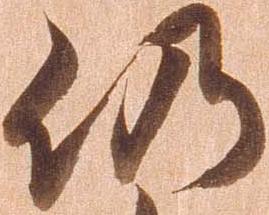
仍